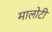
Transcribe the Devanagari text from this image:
मालोटी